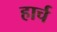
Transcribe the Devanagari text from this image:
हार्च